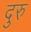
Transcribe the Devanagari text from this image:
दुरु